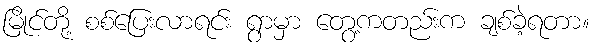
မြိုင်တို့ စစ်ပြေးလာရင်း ရွာမှာ တွေ့ကတည်းက ချစ်ခဲ့ရတာ။